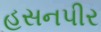
હસનપીર